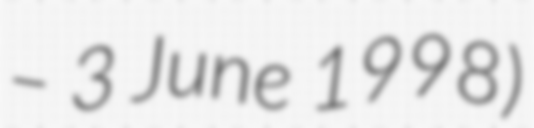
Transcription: – 3 June 1998)